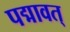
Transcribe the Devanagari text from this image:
पद्मावत्